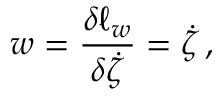
w = \frac { \delta \ell _ { w } } { \delta \dot { \zeta } } = \dot { \zeta } \, ,